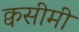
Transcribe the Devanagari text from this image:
क्वसीमी